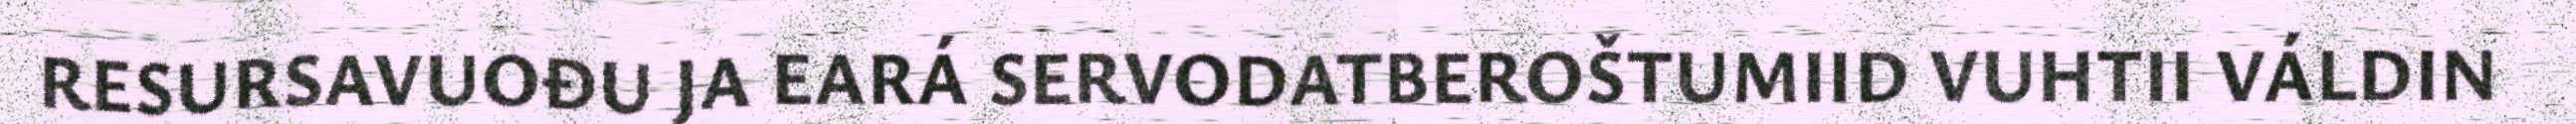
RESURSAVUOĐU JA EARÁ SERVODATBEROŠTUMIID VUHTII VÁLDIN